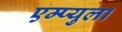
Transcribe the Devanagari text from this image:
एम्प्युला